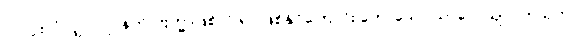
၁၀-ပါးလုံလျှင် လူ၊ နတ်၊ ဗြဟ္မာဖြစ်လို ရာ ဖြစ်နိုင်ကြောင်း ဟောသော သာလေယျလကသုတ်၊